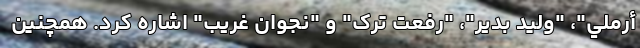
أرملي"، "وليد بدير"، "رفعت ترک" و "نجوان غريب" اشاره کرد. همچنین